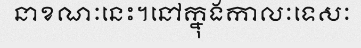
នាខណៈនេះ។នៅក្នុងកាលៈទេសៈ